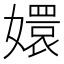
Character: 嬛